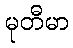
မုတီမာ